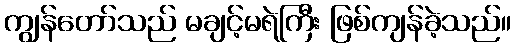
ကျွန်တော်သည် မချင့်မရဲကြီး ဖြစ်ကျန်ခဲ့သည်။